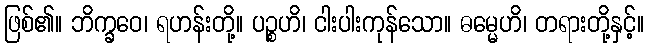
ဖြစ်၏။ ဘိက္ခဝေ၊ ရဟန်းတို့။ ပဉ္စဟိ၊ ငါးပါးကုန်သော။ ဓမ္မေဟိ၊ တရားတို့နှင့်။